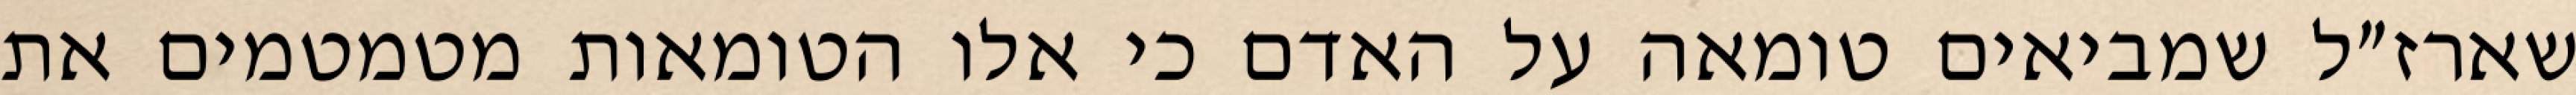
שארז״ל שמביאים טומאה על האדם כי אלו הטומאות מטמטמים את